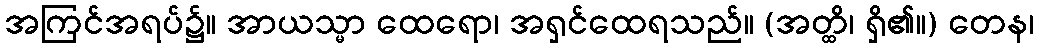
အကြင်အရပ်၌။ အာယသ္မာ ထေရော၊ အရှင်ထေရသည်။ (အတ္ထိ၊ ရှိ၏။) တေန၊